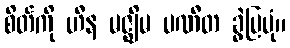
စိတ်ကို ဟီန မဇ္ဈိမ ပဏီတ ခွဲပြပုံ။